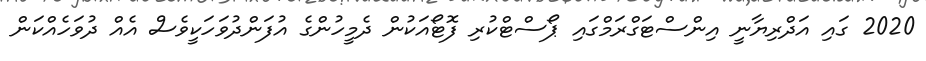
2020 ގައި އަދްރިޔާނީ އިންސްޓަގްރަމްގައި ޕޯސްޓްކުރި ފޮޓޯއަކުން ދެމީހުންގެ އުފަންދުވަހަކީވެސް އެއް ދުވަހެއްކަން